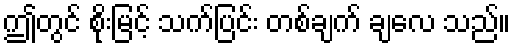
ဤတွင် စိုးမြင့် သက်ပြင်း တစ်ချက် ချလေ သည်။